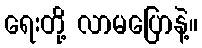
ရေးတို့ လာမပြောနဲ့။